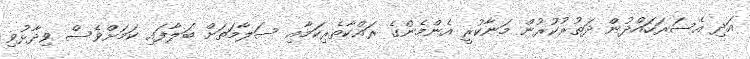
އަދި އެސަރަހައްދުން ދަތުރުކުރުން މަނާކުރީ އެންމެންގެ ރައްކާތެރިކަމާއި ސަލާމަތަށް ބަލާފައި ކަމަށްވެސް ވިދާޅުވި